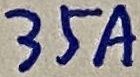
Text: 35A